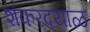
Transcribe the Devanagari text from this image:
शंकरदयाळ